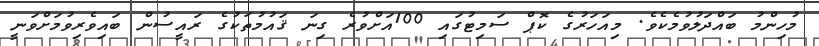
މުހިންމު ބައްދަލުވުމެެކެވެ. މިއަހަރުގެ ކޮޕް ސަމިޓުގައި 100އަށްވުރެ ގިނަ ޤައުމުތަކުގެ ރައީސުން ބައިވެރިވުމަށްވަނީ